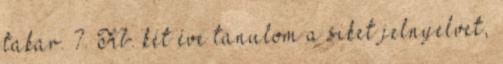
takar. 7. Kb. két éve tanulom a siket jelnyelvet,